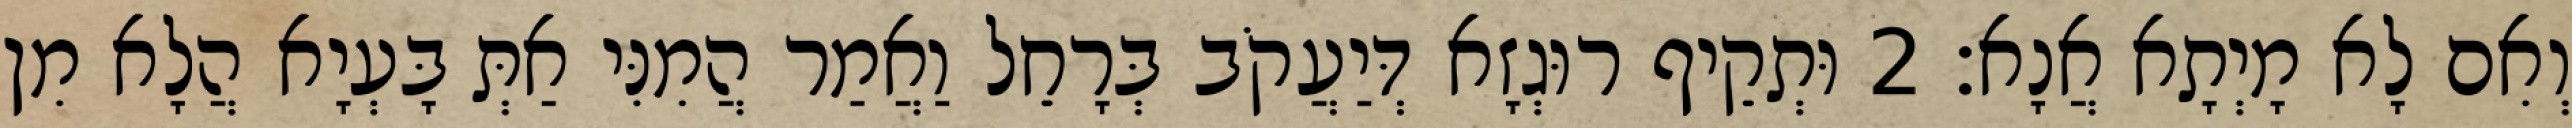
וְאִם לָא מָיְתָא אֲנָא׃ 2 וּתְקֵיף רוּגְזָא דְּיַעֲקֹב בְּרָחֵל וַאֲמַר הֲמִנִּי אַתְּ בָּעְיָא הֲלָא מִן